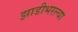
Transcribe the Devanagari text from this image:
झाडीभरल्या